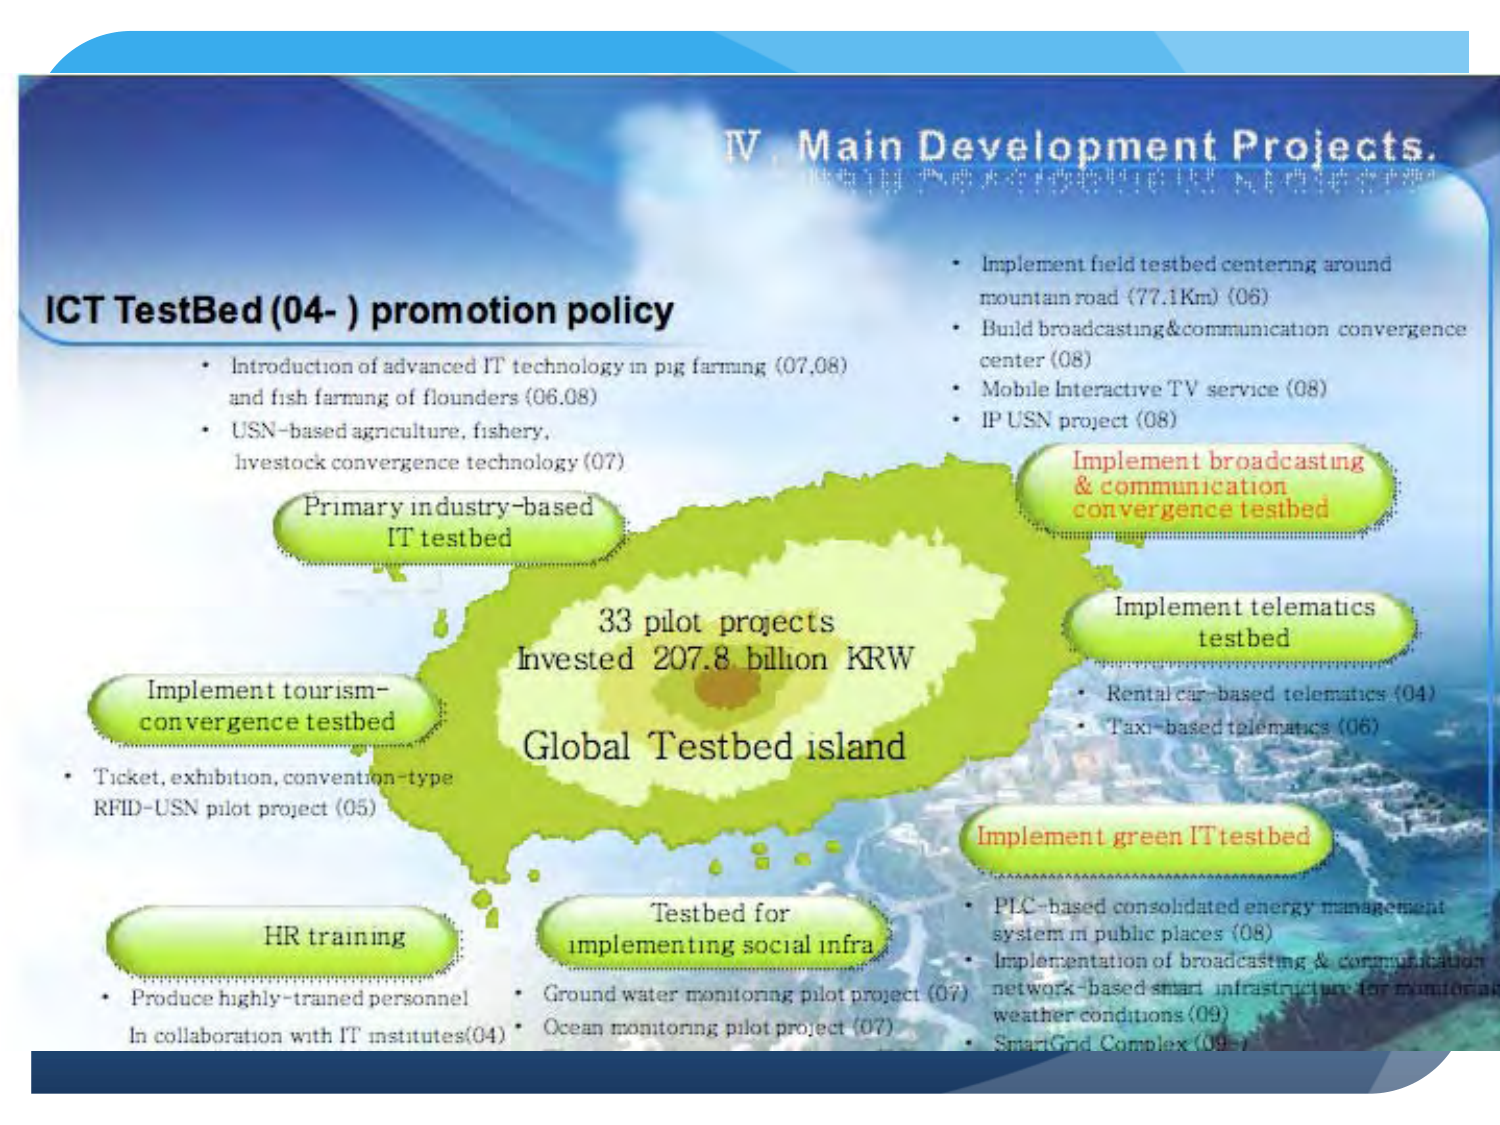
IV. Main Development Projects.

ICT TestBed (04- ) promotion policy
• Introduction of advanced IT technology in pig farming (07,08) and fish farming of flounders (06,08)
• USN-based agriculture, fishery, livestock convergence technology (07)

Primary industry-based IT testbed

33 pilot projects
Invested 207.8 billion KRW
Global Testbed island

Implement tourism-convergence testbed
• Ticket, exhibition, convention-type RFID-USN pilot project (05)

HR training
• Produce highly-trained personnel in collaboration with IT institutes (04)

Testbed for implementing social infra
• Ground water monitoring pilot project (07)
• Ocean monitoring pilot project (07)

Implement broadcasting & communication convergence testbed
• Implement field testbed centering around mountain road (77.1Km) (06)
• Build broadcasting&communication convergence center (08)
• Mobile Interactive TV service (08)
• IP USN project (08)

Implement telematics testbed
• Rental car-based telematics (04)
• Taxi-based telematics (06)

Implement green IT testbed
• PLC-based consolidated energy management system in public places (08)
• Implementation of broadcasting & communication network-based smart infrastructure for monitoring weather conditions (09)
• SmartGrid Complex (09)